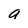
Character: a